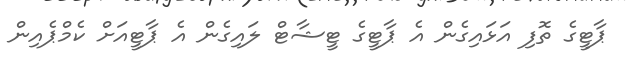
ޕާޓީގެ ތޮފި އަޅައިގެން އެ ޕާޓީގެ ޓީޝާޓް ލައިގެން އެ ޕާޓީއަށް ކެމްޕެއިން